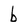
Character: b